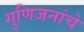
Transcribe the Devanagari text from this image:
गुणिजनांचे